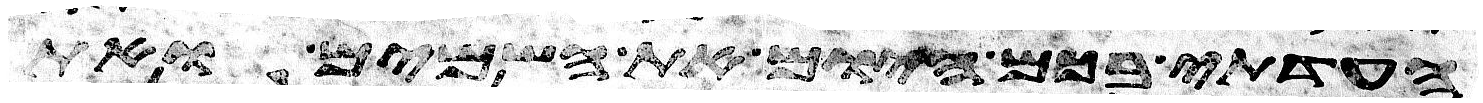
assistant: העדתי בכם היום את השמים ואת